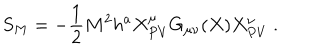
S _ { M } = - \frac { 1 } { 2 } M ^ { 2 } h ^ { a } X _ { P V } ^ { \mu } G _ { \mu \nu } ( X ) X _ { P V } ^ { \nu } \ .